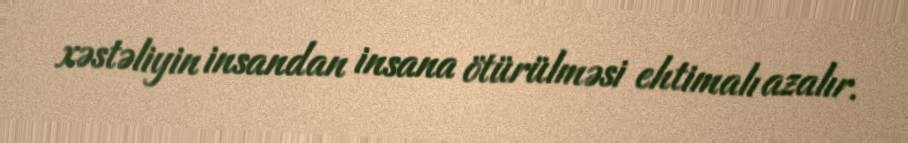
xəstəliyin insandan insana ötürülməsi ehtimalı azalır.